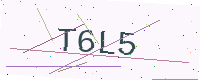
Text: T6L5